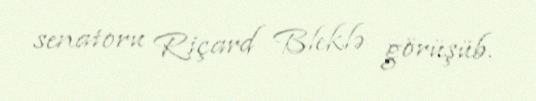
senatoru Riçard Bleklə görüşüb.